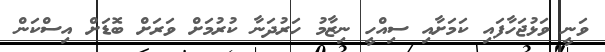
ވަނީ ވަޅުޖަހާފައި ކަމަށާއި ސިއްހީ ނިޒާމު ހަރުދަނާ ކުރުމަށް ވަރަށް ބޮޑަށް އިސްކަން